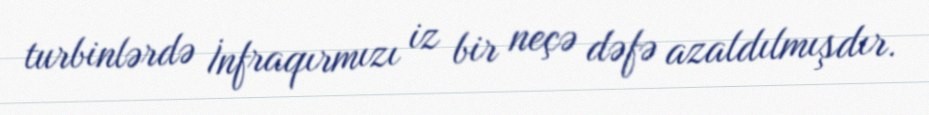
turbinlərdə İnfraqırmızı iz bir neçə dəfə azaldılmışdır.